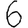
Digit: 6